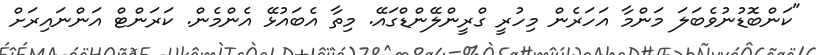
"ކަންބޮޑުނުވެބަލަ މަންމާ އަހަރެން މިހުރީ ގްރީންލޭންޑްގައޭ. މިތާ އެބައުޅޭ އެންމެން. ކަރަންޓް އަންނައިރަށް